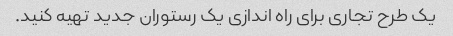
یک طرح تجاری برای راه اندازی یک رستوران جدید تهیه کنید.